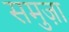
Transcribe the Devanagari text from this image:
समुज़ा